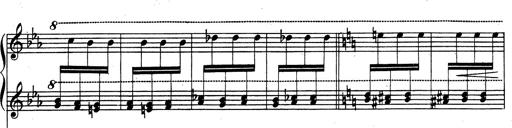
Title: Rhapsodie espagnole
Composer: Franz Liszt